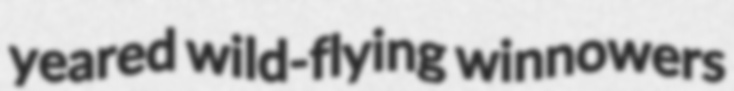
yeared wild-flying winnowers